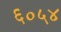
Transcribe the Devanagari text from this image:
६०५४